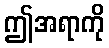
ဤအရာကို